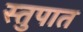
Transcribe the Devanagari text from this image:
स्तुपात